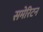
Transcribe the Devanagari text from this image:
समेरिटन